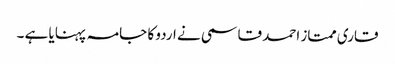
قاری ممتاز احمد قاسمی نے اردو کا جامہ پہنایا ہے ۔